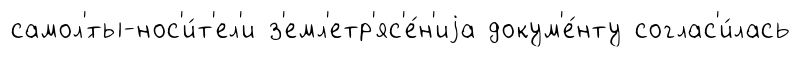
самол'́ты-нос'и́т'ел'и з'емл'етр'яс'е́н'иjа докум'е́нту соглас'и́лась